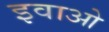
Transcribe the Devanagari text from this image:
इवाओ